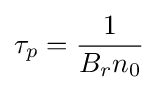
\tau _{p}={\frac {1}{B_{r}n_{0}}}